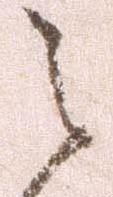
之